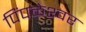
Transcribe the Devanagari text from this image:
पिंपळेश्‍वर